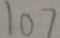
1 0 7